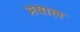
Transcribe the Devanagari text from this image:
मषाल